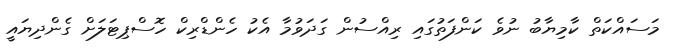
މަސައްކަތް ކާމިޔާބު ނުވެ ކަންފަތުގައި ރިއްސުން ގަދަވުމާ އެކު ހެންޑްރިކް ހޮސްޕިޓަލަށް ގެންދިޔައީ